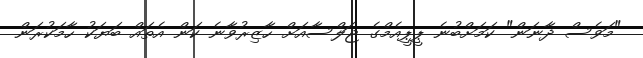
"މަވެސް ދާނަން" ކަމަށްބުނެ ޕީޕީއެމްގެ ޖަލްސާއަށް ހާޒިރުވާނެ ކަން އެތައް ބަޔަކު ހާމަކުރަން